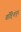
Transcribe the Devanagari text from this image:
चॉङ्शिनुन